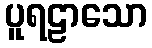
ပူရဠာသော